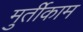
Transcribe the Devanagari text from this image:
मुर्तीकाम